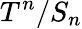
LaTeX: T^{n}/S_{n}